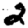
Digit: 2